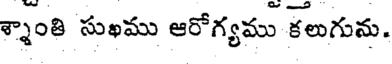
శ్నాంతి సుఖము ఆరోగ్యము కలుగును.